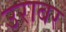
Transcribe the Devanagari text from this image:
उराबर